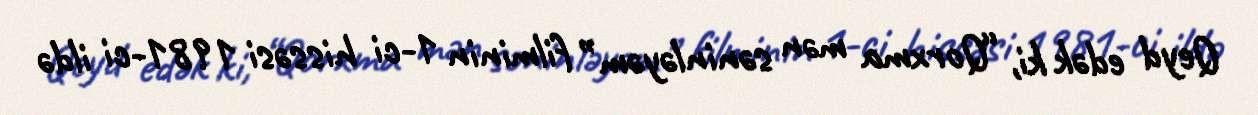
Qeyd edək ki, “Qorxma mən səninləyəm” filminin 1-ci hissəsi 1981-ci ildə